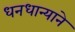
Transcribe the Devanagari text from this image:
धनधान्याने